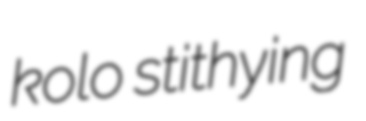
kolo stithying